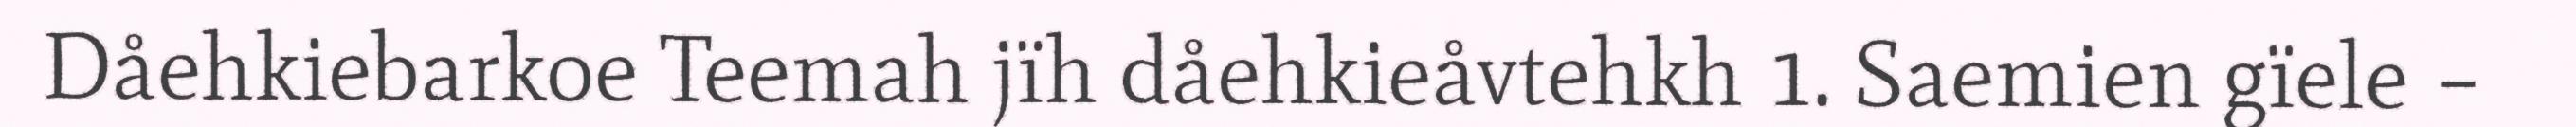
Dåehkiebarkoe Teemah jïh dåehkieåvtehkh 1. Saemien gïele –